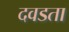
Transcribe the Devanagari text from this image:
दवडता